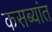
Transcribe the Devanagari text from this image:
कसब्यांत